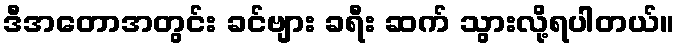
ဒီအတောအတွင်း ခင်ဗျား ခရီး ဆက် သွားလို့ရပါတယ်။